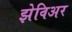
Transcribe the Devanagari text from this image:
झेविअर